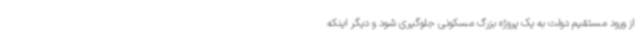
از ورود مستقیم دولت به یک پروژه بزرگ مسکونی جلوگیری شود و دیگر اینکه